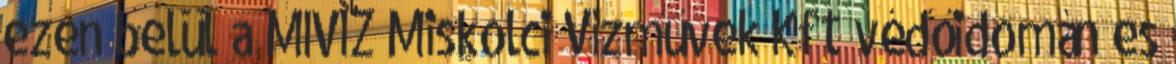
ezen belül a MIVIZ Miskolci Vízművek Kft védőidomán es